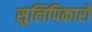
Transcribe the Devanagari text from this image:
सुलिपिकारों